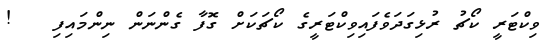
ވިކްޓަރީ ކޯޗު ރުޅިގަދަވެފައިވިކްޓަރީގެ ކޯޗަކަށް ގޮފާ ގެންނަން ނިންމައިފި   !